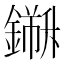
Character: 𨬁